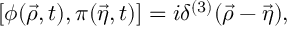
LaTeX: [ \phi ( { \vec { \rho } } , t ) , \pi ( { \vec { \eta } } , t ) ] = i \delta ^ { ( 3 ) } ( { \vec { \rho } } - { \vec { \eta } } ) ,